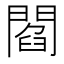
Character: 閻